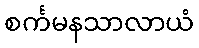
စင်္ကမနသာလာယံ